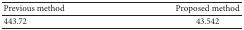
| Previous method | Proposed method |
 | --- | --- |
 | 443.72 | 43.542 |